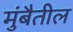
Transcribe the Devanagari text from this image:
मुंबैतील